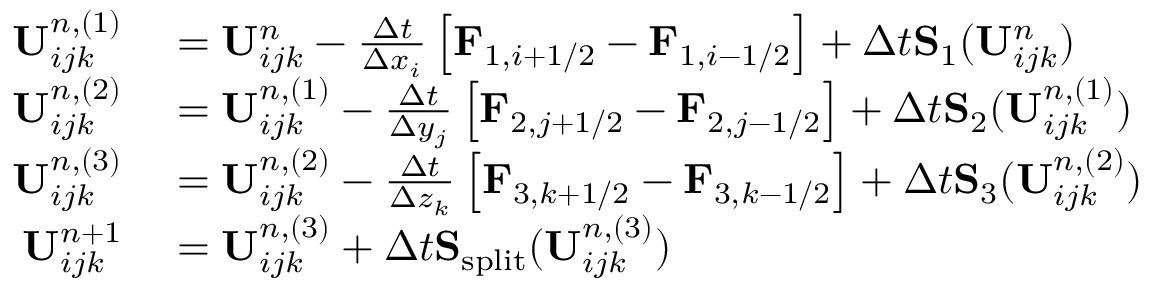
\begin{array} { r l } { \mathbf { U } _ { i j k } ^ { n , ( 1 ) } } & { { } = \mathbf { U } _ { i j k } ^ { n } - \frac { \Delta t } { \Delta x _ { i } } \left[ \mathbf { F } _ { 1 , i + 1 / 2 } - \mathbf { F } _ { 1 , i - 1 / 2 } \right] + \Delta t \mathbf { S } _ { 1 } ( \mathbf { U } _ { i j k } ^ { n } ) } \\ { \mathbf { U } _ { i j k } ^ { n , ( 2 ) } } & { { } = \mathbf { U } _ { i j k } ^ { n , ( 1 ) } - \frac { \Delta t } { \Delta y _ { j } } \left[ \mathbf { F } _ { 2 , j + 1 / 2 } - \mathbf { F } _ { 2 , j - 1 / 2 } \right] + \Delta t \mathbf { S } _ { 2 } ( \mathbf { U } _ { i j k } ^ { n , ( 1 ) } ) } \\ { \mathbf { U } _ { i j k } ^ { n , ( 3 ) } } & { { } = \mathbf { U } _ { i j k } ^ { n , ( 2 ) } - \frac { \Delta t } { \Delta z _ { k } } \left[ \mathbf { F } _ { 3 , k + 1 / 2 } - \mathbf { F } _ { 3 , k - 1 / 2 } \right] + \Delta t \mathbf { S } _ { 3 } ( \mathbf { U } _ { i j k } ^ { n , ( 2 ) } ) } \\ { \mathbf { U } _ { i j k } ^ { n + 1 } } & { { } = \mathbf { U } _ { i j k } ^ { n , ( 3 ) } + \Delta t \mathbf { S } _ { \mathrm { s p l i t } } ( \mathbf { U } _ { i j k } ^ { n , ( 3 ) } ) } \end{array}